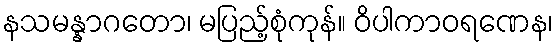
နသမန္နာဂတော၊ မပြည့်စုံကုန်။ ဝိပါကာဝရဏေန၊